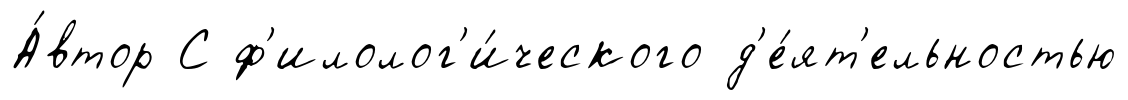
А́втор С ф'илолог'и́ческого д'е́ят'ельностью